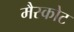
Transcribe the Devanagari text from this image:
मैस्कोट